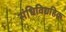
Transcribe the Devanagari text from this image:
संधिविग्रहिक